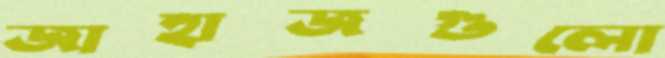
জাহাজগুলো